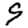
Digit: 9